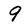
Character: 9